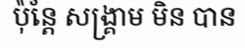
ប៉ុន្តែ សង្គ្រាម មិន បាន